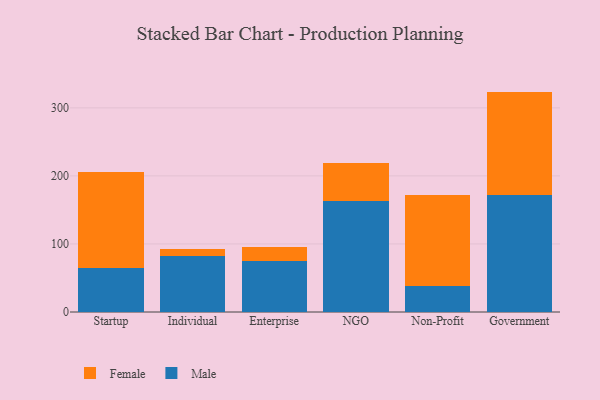
{"axis": {"x": "Segment", "y": "Inventory Turnover"}, "legend": ["Female", "Male"], "data": [{"x": "Startup", "y": 64.4, "type": "Male"}, {"x": "Startup", "y": 141.1, "type": "Female"}, {"x": "Individual", "y": 82.6, "type": "Male"}, {"x": "Individual", "y": 10.5, "type": "Female"}, {"x": "Enterprise", "y": 75.4, "type": "Male"}, {"x": "Enterprise", "y": 20.1, "type": "Female"}, {"x": "NGO", "y": 162.5, "type": "Male"}, {"x": "NGO", "y": 56.1, "type": "Female"}, {"x": "Non-Profit", "y": 37.7, "type": "Male"}, {"x": "Non-Profit", "y": 133.8, "type": "Female"}, {"x": "Government", "y": 172.5, "type": "Male"}, {"x": "Government", "y": 151.4, "type": "Female"}]}